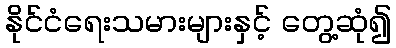
နိုင်ငံရေးသမားများနှင့် တွေ့ဆုံ၍